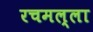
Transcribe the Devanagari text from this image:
रचमल्ला